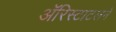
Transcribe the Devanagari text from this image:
ॲरिस्टाटलने